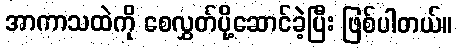
အာကာသထဲကို စေလွှတ်ပို့ဆောင်ခဲ့ပြီး ဖြစ်ပါတယ်။